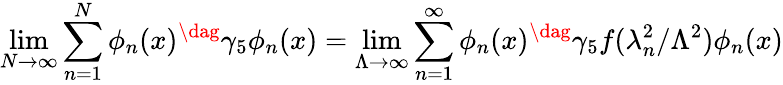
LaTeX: \operatorname*{lim}_{N{\rightarrow}\infty}\sum_{n=1}^{N}\phi_{n}(x)^{\dag}\gamma_{5}\phi_{n}(x)=\operatorname*{lim}_{\Lambda\rightarrow\infty}\sum_{n=1}^{\infty}\phi_{n}(x)^{\dag}\gamma_{5}f(\lambda_{n}^{2}/\Lambda^{2})\phi_{n}(x)